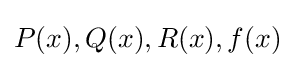
P(x),Q(x),R(x),f(x)